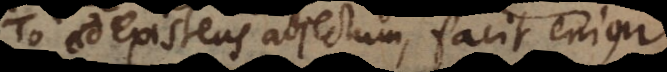
το existens adjectum, facit enim